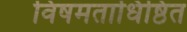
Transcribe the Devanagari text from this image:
विषमताधिष्ठित